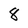
Character: 8